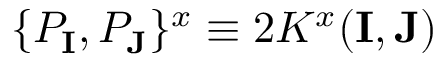
\{ { \cal P } _ { \mathbf { I } } , { \cal P } _ { \mathbf { J } } \} ^ { x } \equiv 2 K ^ { x } ( \mathbf { I } , \mathbf { J } )